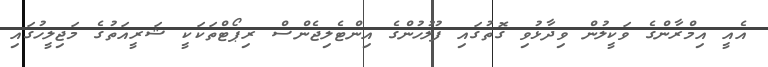
އެއީ އިމްރާންގެ ވަކީލުން ވިދާޅުވި ގޮތުގައި ފުލުހުންގެ އިންޓެލިޖެންސް ރިޕޯޓްތަކަކީ ޝަރީއަތުގެ މަޖިލީހުގައި